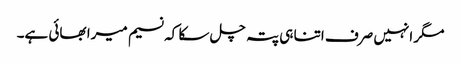
مگر انہیں صرف اتنا ہی پتہ چل سکا کہ نسیم میرا بھائی ہے۔